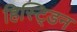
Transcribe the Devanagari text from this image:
हिस्ट्डिन